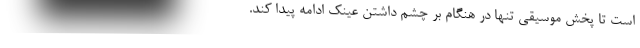
است تا پخش موسیقی تنها در هنگام بر چشم داشتن عینک ادامه پیدا کند.